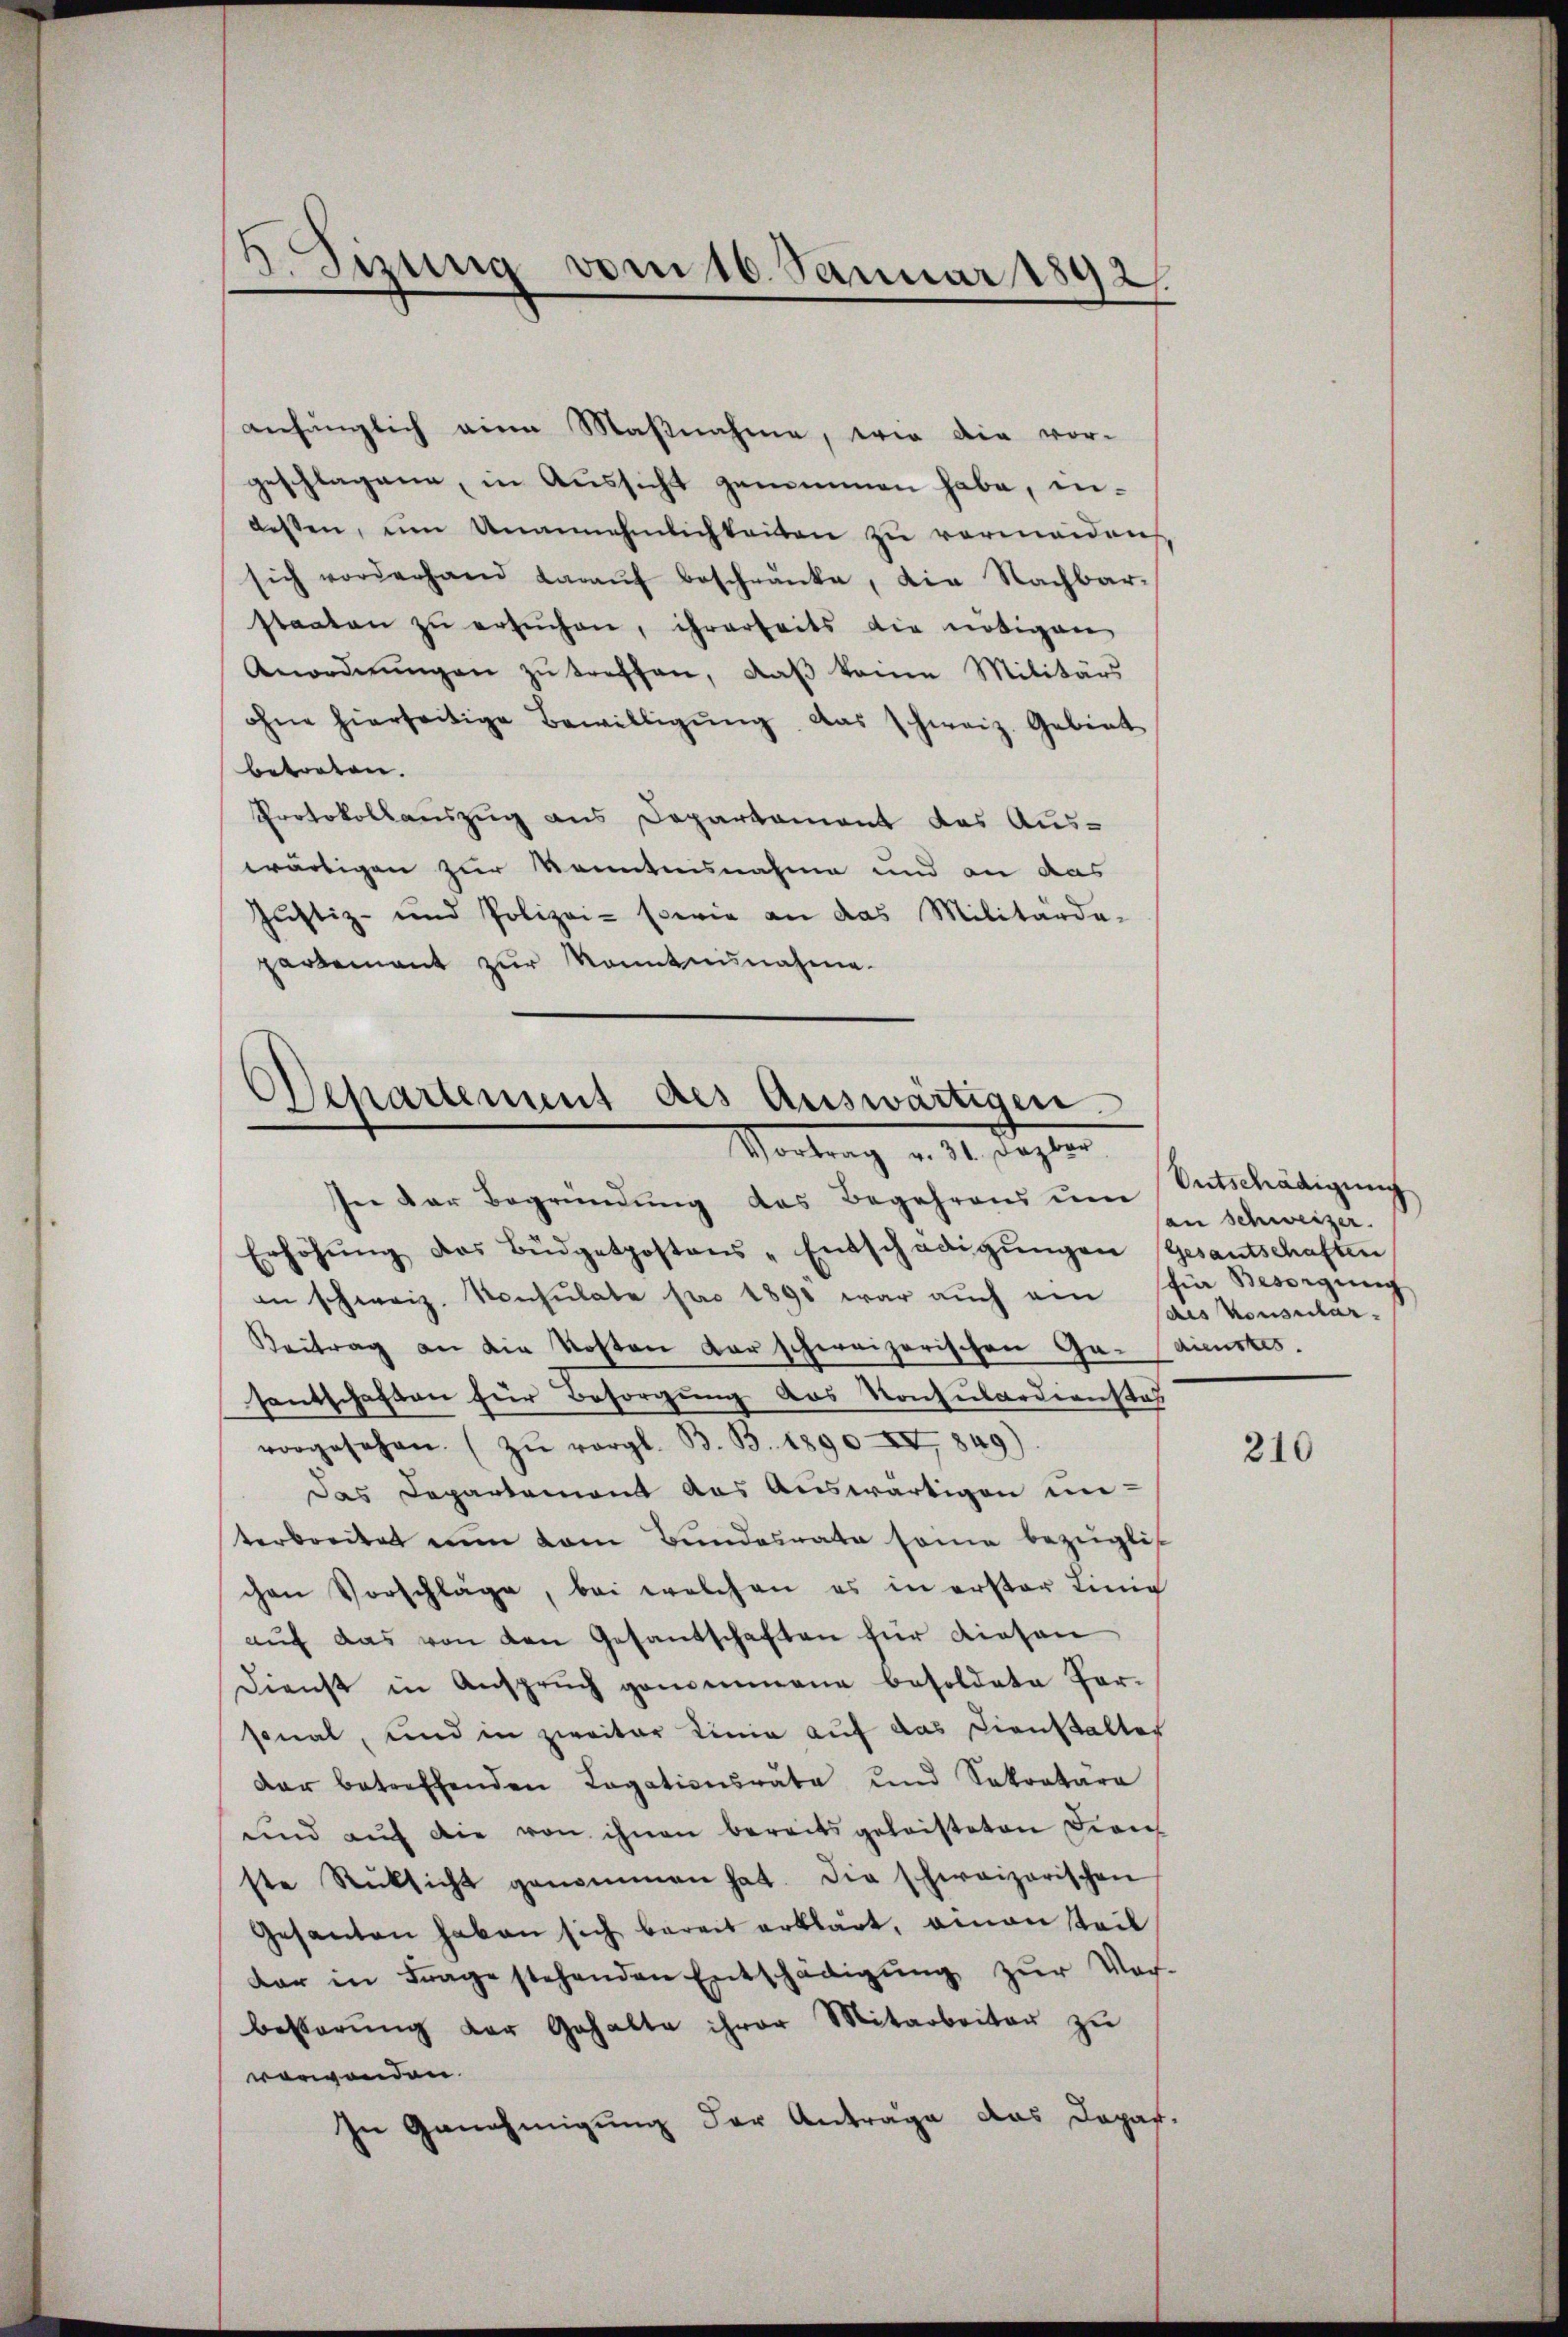
Sizung vom 10. Januar 1892.

anfänglich eine Maßnahme, wie die vor-
geschlagene, in Aussicht genommen habe, indessen, ŭm Unannehmlichkeiten zu vermeiden,
sich vorderhand daraŭf beschränke, die Nachbar-
staaten zŭ ersuchen, ihrerheits die nötigen
Anordnŭngen zŭ treffen, daβ keine Militärs
ohne hierseitige Bewilligŭng das schweiz. Gebiet
betreten.
Protokollauszug aus Departement des Aus-
wärtigen zur Kenntnisnahme und an das
Justiz- und Polizei- sowie an das Militärde-
partement zur Kenntnisnahme.

Separtement des Auswärtigen.
Mortung v. 11. Septer

In der Begründung des Begehrens um
Erhöhŭng das Büdgetpostens-Entschädigŭngen Gesantschaften
an schweiz. Konsulate pro 1891 war aŭch am hie Besorgŭng
Beitrag an die Kosten darschweizerischen Ga-dienstes.
santschaften für Besorgung des Konsulardienstal
vorgesehen. (zŭ vergl. B. B. 1890 I, 849)
Das Departement das Auswärtigen in
terbreitet ein kam Bundesrate seine bezügli
chen Vorschläge, bei welchen es in erster Linie
aŭf das von den Gesandschaften für diesen
Dienst in Ansprŭch gemeine besoldate for-
sonal, und in zweiter Linie auf das Dienstalter
dar betreffenden Legationsrata und Sokratura
und aŭf die von ihnen bereits geleisteten Zürich
ste Rücksicht genommen hat. Die schweizerischen
Gesanten haben sich bereit erklärt, einen teil
dar in Frage stehenden Entschädigŭng zŭr Vor-
besterŭng der Gehalte ihrer Mitarbeiten zu
verwenden.
In Genehmigung der Antrage das Dopaf.

Entschädigung
an Schweizer.
des Konsular-

210